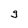
Character: g